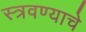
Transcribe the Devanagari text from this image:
स्त्रवण्याचे